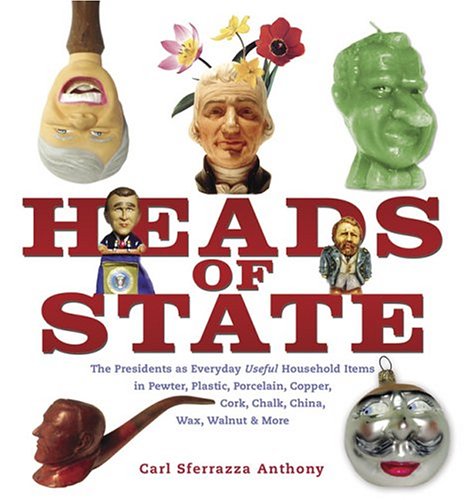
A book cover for Heads of State: The Presidents as Everyday Useful Household Items in Pewter, Plastic, Porcelain, Copper, Chalk, China, Wax, Walnut and More; Carl Sferrazza Anthony; Crafts, Hobbies & Home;